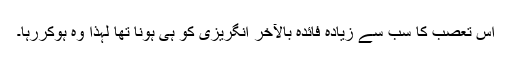
اس تعصب کا سب سے زیادہ فائدہ بالآخر انگریزی کو ہی ہونا تھا لہٰذا وہ ہوکررہا۔